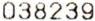
038239